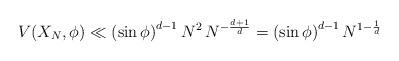
LaTeX: \begin{align*} V(X_N, \phi) \ll \left( \sin \phi \right)^{d-1} N^2 \, N^{-\frac{d+1}{d}} = \left( \sin \phi \right)^{d-1} N^{1-\frac{1}{d}}\end{align*}